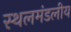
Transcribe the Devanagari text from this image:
स्थलमंडलीय